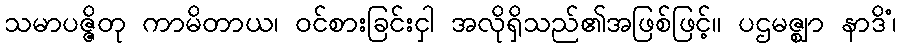
သမာပဇ္ဇိတု ကာမိတာယ၊ ဝင်စားခြင်းငှါ အလိုရှိသည်၏အဖြစ်ဖြင့်။ ပဌမဇ္ဈာ နာဒိံ၊